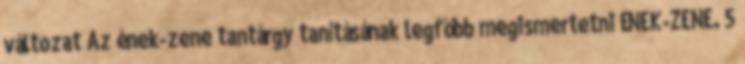
változat Az ének-zene tantárgy tanításának legfőbb megismertetni ÉNEK-ZENE. 5